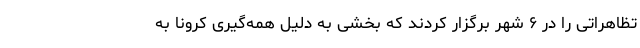
تظاهراتی را در ۶ شهر برگزار کردند که بخشی به دلیل همه‌گیری کرونا به